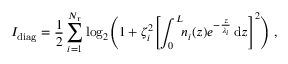
I _ { \mathrm { d i a g } } = \frac { 1 } { 2 } \sum _ { i = 1 } ^ { N _ { \mathrm { r } } } \log _ { 2 } \Biggl ( 1 + \zeta _ { i } ^ { 2 } \! \left[ \int _ { 0 } ^ { L } \! \! n _ { i } ( z ) e ^ { - \frac { z } { \lambda _ { i } } } \, \mathrm { d } z \right] ^ { 2 } \Biggr ) \; ,